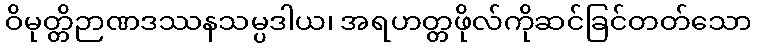
ဝိမုတ္တိဉာဏဒဿနသမ္ပဒါယ၊ အရဟတ္တဖိုလ်ကိုဆင်ခြင်တတ်သော